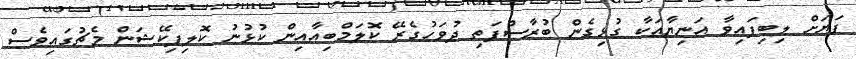
ފަޔަށް ލިބިފައިވާ އަނިޔާއަކާ ގުޅިގެން ބުރާސްފަތި ދުވަހުގެރޭ ކޮލަމްބިއާއިން ކުޅުނު ކޮލިފިކޭޝަން މެޗުގައިވެސް